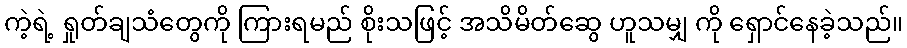
ကဲ့ရဲ့ ရှုတ်ချသံတွေကို ကြားရမည် စိုးသဖြင့် အသိမိတ်ဆွေ ဟူသမျှ ကို ရှောင်နေခဲ့သည်။